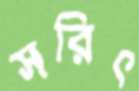
সরিৎ